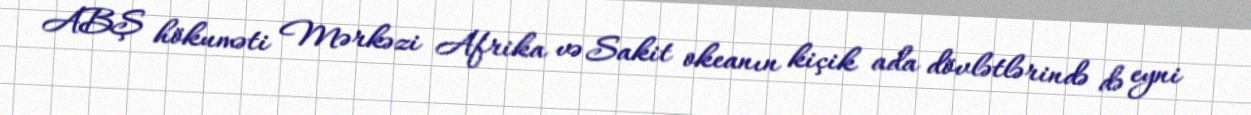
ABŞ hökuməti Mərkəzi Afrika və Sakit okeanın kiçik ada dövlətlərində də eyni